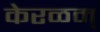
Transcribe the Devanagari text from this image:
केरळम्